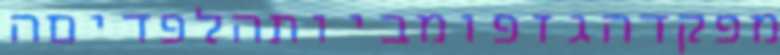
מפקדהגזפומביותהלפדיםה